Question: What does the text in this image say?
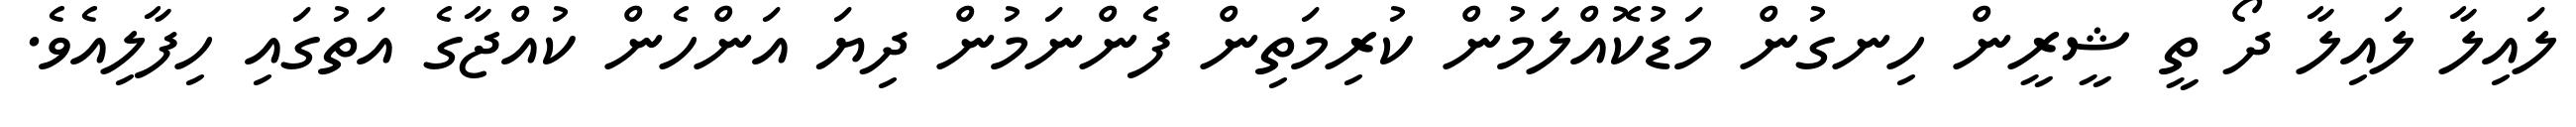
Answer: ލައިލާ ލައިލާ ދޯ ތީ ޝީރީން ހިނގުން މަޑުކޮއްލަމުން ކުރިމަތިން ފެންނަމުން ދިޔަ އަންހެން ކުއްޖާގެ އަތުގައި ހިފާލިއެވެ.